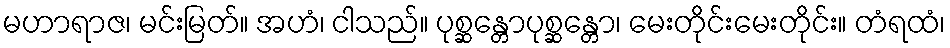
မဟာရာဇ၊ မင်းမြတ်။ အဟံ၊ ငါသည်။ ပုစ္ဆန္တောပုစ္ဆန္တော၊ မေးတိုင်းမေးတိုင်း။ တံရထံ၊